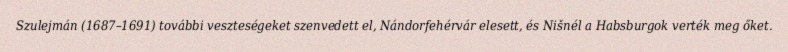
Szulejmán (1687–1691) további veszteségeket szenvedett el, Nándorfehérvár elesett, és Nišnél a Habsburgok verték meg őket.